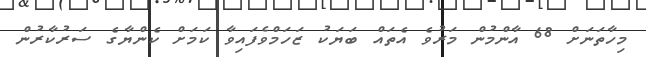
މިހާތަނަށް 68 އާންމުން މަރުވެ އެތައް ބަޔަކު ޒަހަމްވެފައިވާ ކަމަށް ކެންޔާގެ ސަރުކާރުން